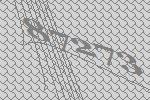
87273